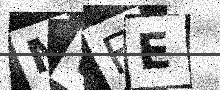
Text: MWFE